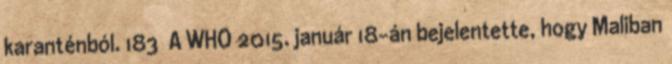
karanténból. 183 A WHO 2015. január 18-án bejelentette, hogy Maliban